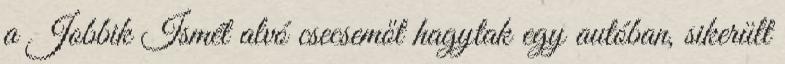
a Jobbik Ismét alvó csecsemőt hagytak egy autóban, sikerült